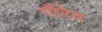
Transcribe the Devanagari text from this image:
गौरेव